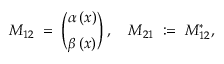
M _ { 1 2 } \; = \; { \binom { \alpha \, ( x ) } { \beta \, ( x ) } } \; , \quad M _ { 2 1 } \; : = \; M _ { 1 2 } ^ { * } ,